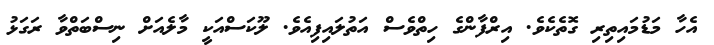
އެހާ މަޑުމައިތިރި ގޮތެކެވެ. އިރްފާންގެ ހިތްވެސް އަތުލައިފިއެވެ. ލޫކަސްއަކީ މާލެއަށް ނިސްބަތްވާ ރަގަޅު